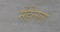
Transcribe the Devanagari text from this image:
मेंडेलला